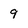
Character: 9